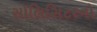
સોલિસિટરનો